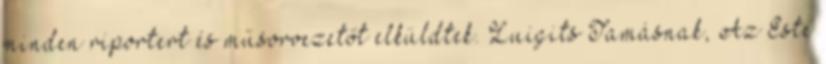
minden riportert és műsorvezetőt elküldtek. Luigits Tamásnak, Az Este